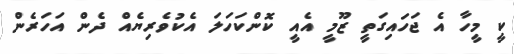
ކީ މީހާ އެ ޖަހައިގަތީ ޒޫމީ އެއީ ކޮންކަހަލަ އެކުވެރިޔެއް ދެން އަހަރެން